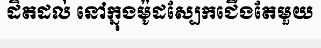
ដិតដល់ នៅក្នុងម៉ូដស្បែកជើងតែមួយ